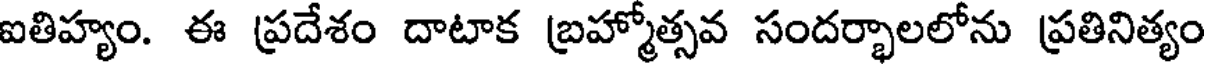
ఐతిహ్యం. ఈ ప్రదేశం దాటాక బ్రహ్మోత్సవ సందర్భాలలోను ప్రతినిత్యం